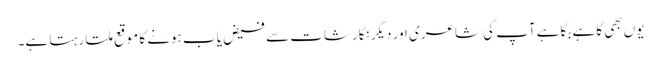
یوں بھی گاہے بگاہے آپ کی شاعری اور دیگر نگارشات سے فیض یاب ہونے کا موقع ملتا رہتا ہے۔